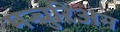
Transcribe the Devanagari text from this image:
मन्चुरिअन